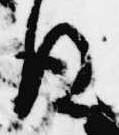
後